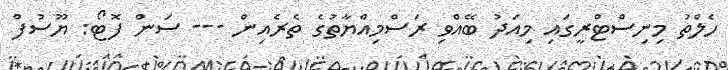
ހެލްތު މިނިސްޓްރީގައި މިއަދު ބޭއްވި ރަސްމިއްޔާތުގެ ތެރެއިން --- ސަން ފޮޓޯ: ޔޫސުފް